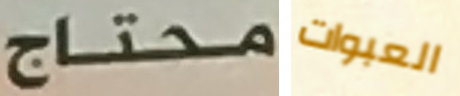
محتاج العبوات